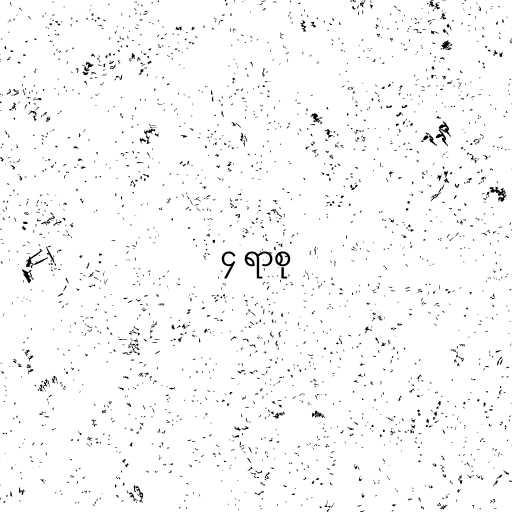
၄ ရာစု